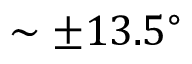
\sim \pm 1 3 . 5 ^ { \circ }